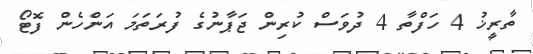
ތާރީޚު 4 ހަފްތާ 4 ދުވަސް ކުރިން ޖަޕާނުގެ ފުރަތަމަ އަންހެން ފޮޓޯ